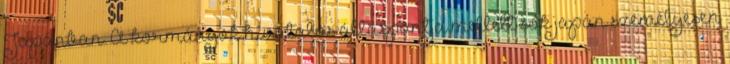
Japánban. A kormányok hivatalos álláspontja mellett sok japán személyesen